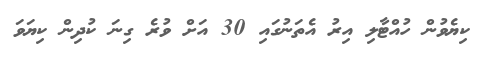
ކިޔެވުން ހުއްޓާލި އިރު އެތަނުގައި 30 އަށް ވުރެ ގިނަ ކުދިން ކިޔަވަ